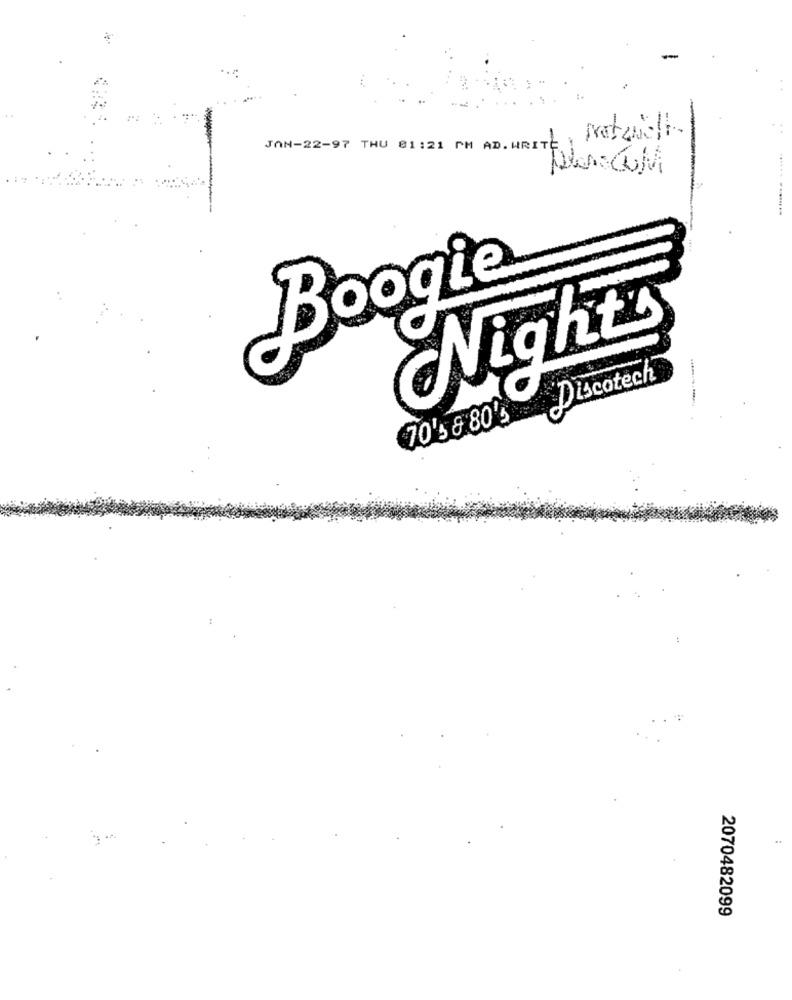
JAN-22-97 THU 01:21 PM AD.WRITE FateNot.
Plan.COM
Boogie
Nights
Discotech
70'5 8 80's
2070482099